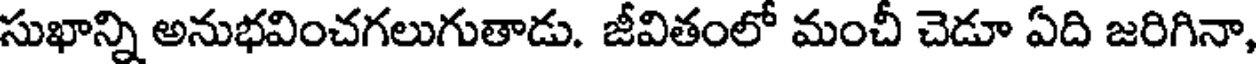
సుఖాన్ని అనుభవించగలుగుతాడు. జీవితంలో మంచీ చెడూ ఏది జరిగినా,